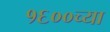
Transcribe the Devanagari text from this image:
१६००च्या